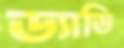
ড্যাডি